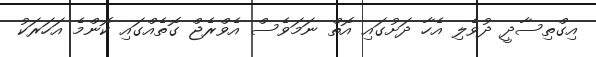
އިގްތިސާދީ ދުވެލި އެހާ ދަށުގައި އޮތް ނަމަވެސް އެވްރެޖް ގޮތެއްގައި ކޮންމެ އަހަރަކު